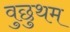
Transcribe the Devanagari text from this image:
वुछुथम